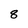
Character: 8